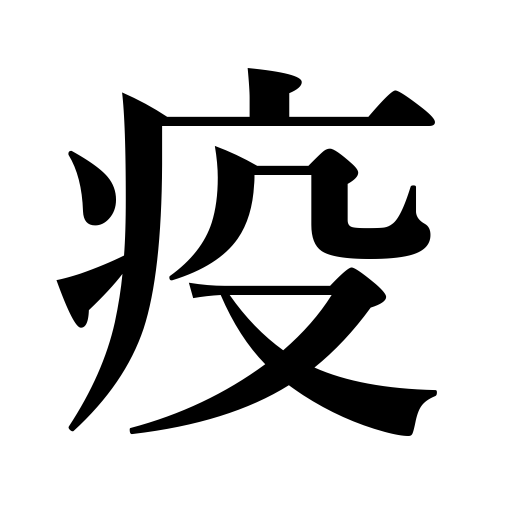
Meanings: epidemic